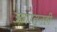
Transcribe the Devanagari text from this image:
जगातूनही